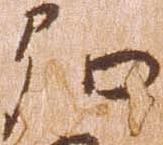
弘